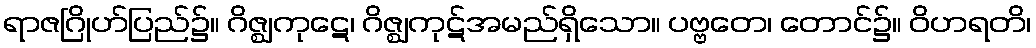
ရာဇဂြိုဟ်ပြည်၌။ ဂိဇ္ဈကုဋေ၊ ဂိဇ္ဈကုဋ်အမည်ရှိသော။ ပဗ္ဗတေ၊ တောင်၌။ ဝိဟရတိ၊